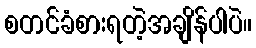
စတင်ခံစားရတဲ့အချိန်ပါပဲ။